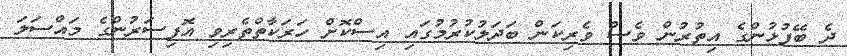
ދެ ބޭފުޅުންގެ އިތުރުން ވެސް ވެރިކަން ބަދަލުކުރުމުގައި އިސްކޮށް ހަރަކާތްތެރިވި އޮފިސަރުންގެ މައްސަލަ